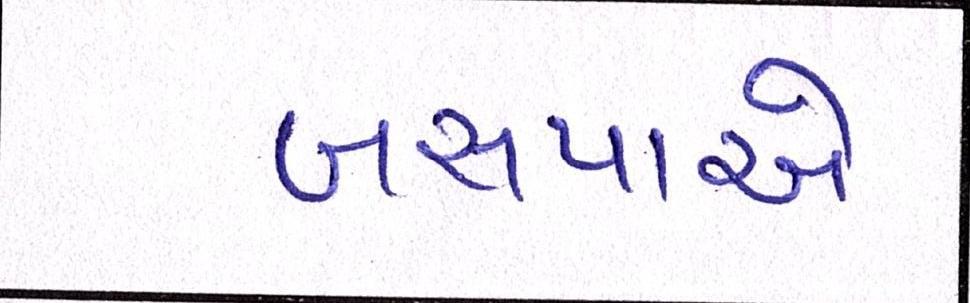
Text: બસપાએ